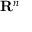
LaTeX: { \mathbf { R } } ^ { n }